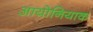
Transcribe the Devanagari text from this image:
आयोनियाक